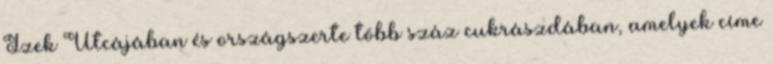
Ízek Utcájában és országszerte több száz cukrászdában, amelyek címe